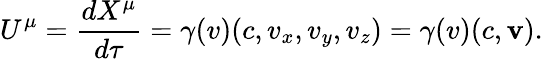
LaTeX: U^{\mu}={\frac{dX^{\mu}}{d\tau}}=\gamma(v)(c,v_{x},v_{y},v_{z})=\gamma(v)(c,\mathbf{v}).